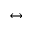
\leftrightarrow